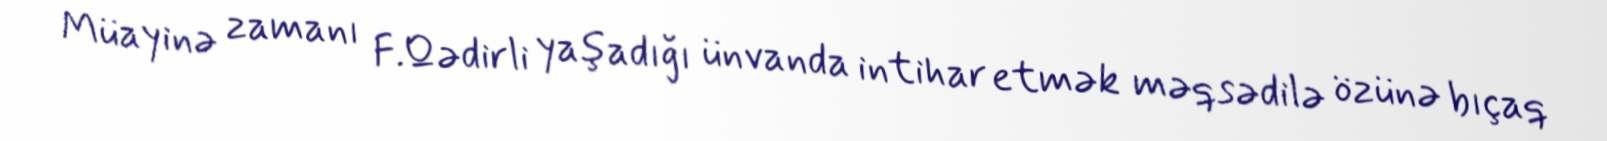
Müayinə zamanı F.Qədirli yaşadığı ünvanda intihar etmək məqsədilə özünə bıçaq